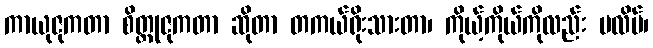
ကာယုဇုကတာ စိတ္တုဇုကတာ ဆိုတာ တကယ်ရိုးသားတာ၊ ကိုယ့်ကိုယ်ကိုလည်း မလိမ်၊